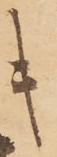
キ